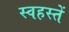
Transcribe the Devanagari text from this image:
स्वहस्तें